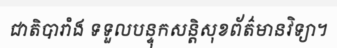
ជាតិបារាំង ទទួលបន្ទុកសន្តិសុខព័ត៌មានវិទ្យា។